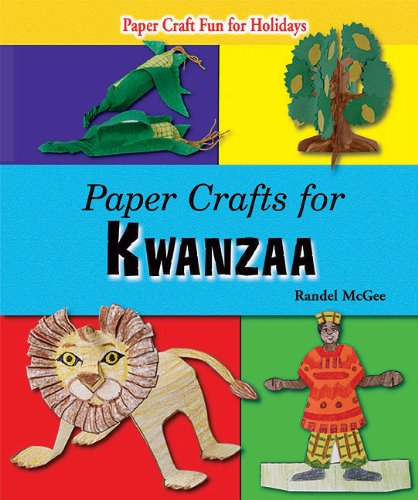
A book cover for Paper Crafts for Kwanzaa (Paper Craft Fun for Holidays); Randel McGee; Children's Books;